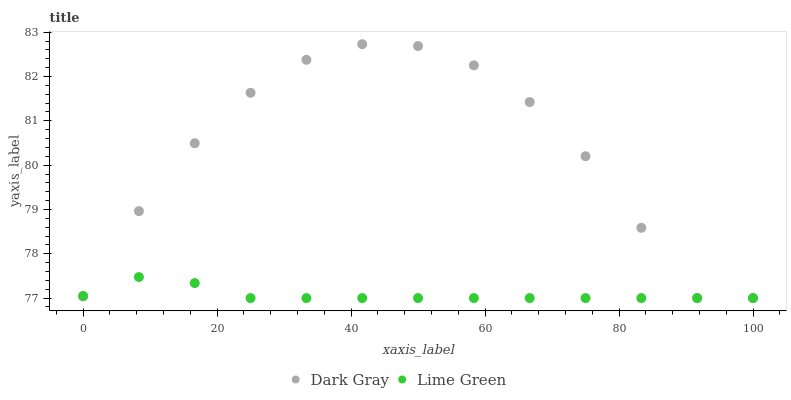
| xaxis_label | Dark Gray | Lime Green |
 | --- | --- | --- |
 | 0 | 77 | 77 |
 | 8.33 | 79 | 77.5 |
 | 16.7 | 80.5 | 77.3 |
 | 25 | 81.6 | 77 |
 | 33.3 | 82.4 | 77 |
 | 41.7 | 82.7 | 77 |
 | 50 | 82.7 | 77 |
 | 58.3 | 82.3 | 77 |
 | 66.7 | 81.4 | 77 |
 | 75 | 80.2 | 77 |
 | 83.3 | 78.6 | 77 |
 | 91.7 | 77 | 77 |
 | 100 | 77 | 77 |